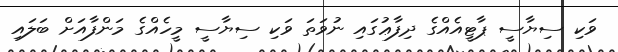
ވަކި ސިޔާސީ ޕާޓީއެއްގެ ދިފާޢުގައި ނުވަތަ ވަކި ސިޔާސީ މީހެއްގެ މަންފާއަށް ބަލައި